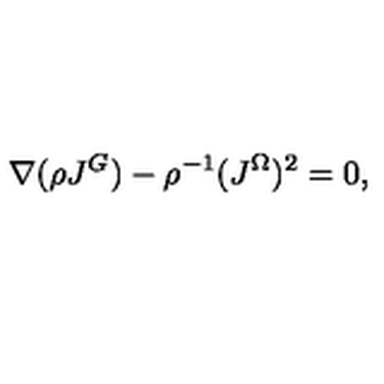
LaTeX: \nabla ( \rho J ^ { G } ) - \rho ^ { - 1 } ( J ^ { \Omega } ) ^ { 2 } = 0 ,